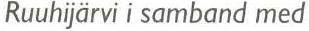
Ruuhijärvi i samband med